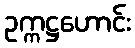
ဥက္ကဋ္ဌဟောင်း